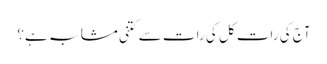
آج کی رات کل کی رات سے کتنی مشابہ ہے؟